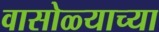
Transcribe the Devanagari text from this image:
वासोळ्याच्या